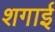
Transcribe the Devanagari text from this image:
शगाई